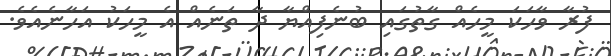
ފުރާ ވާހަކަ މީހެއް ގާތުގައި ބުނެފިއްޔާ ދާ ތަނެއް އެ މީހަކު އަހާނެއެވެ.